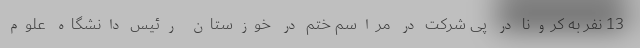
13 نفر به کرونا در پی شرکت در مراسم ختم در خوزستان رئیس دانشگاه علوم